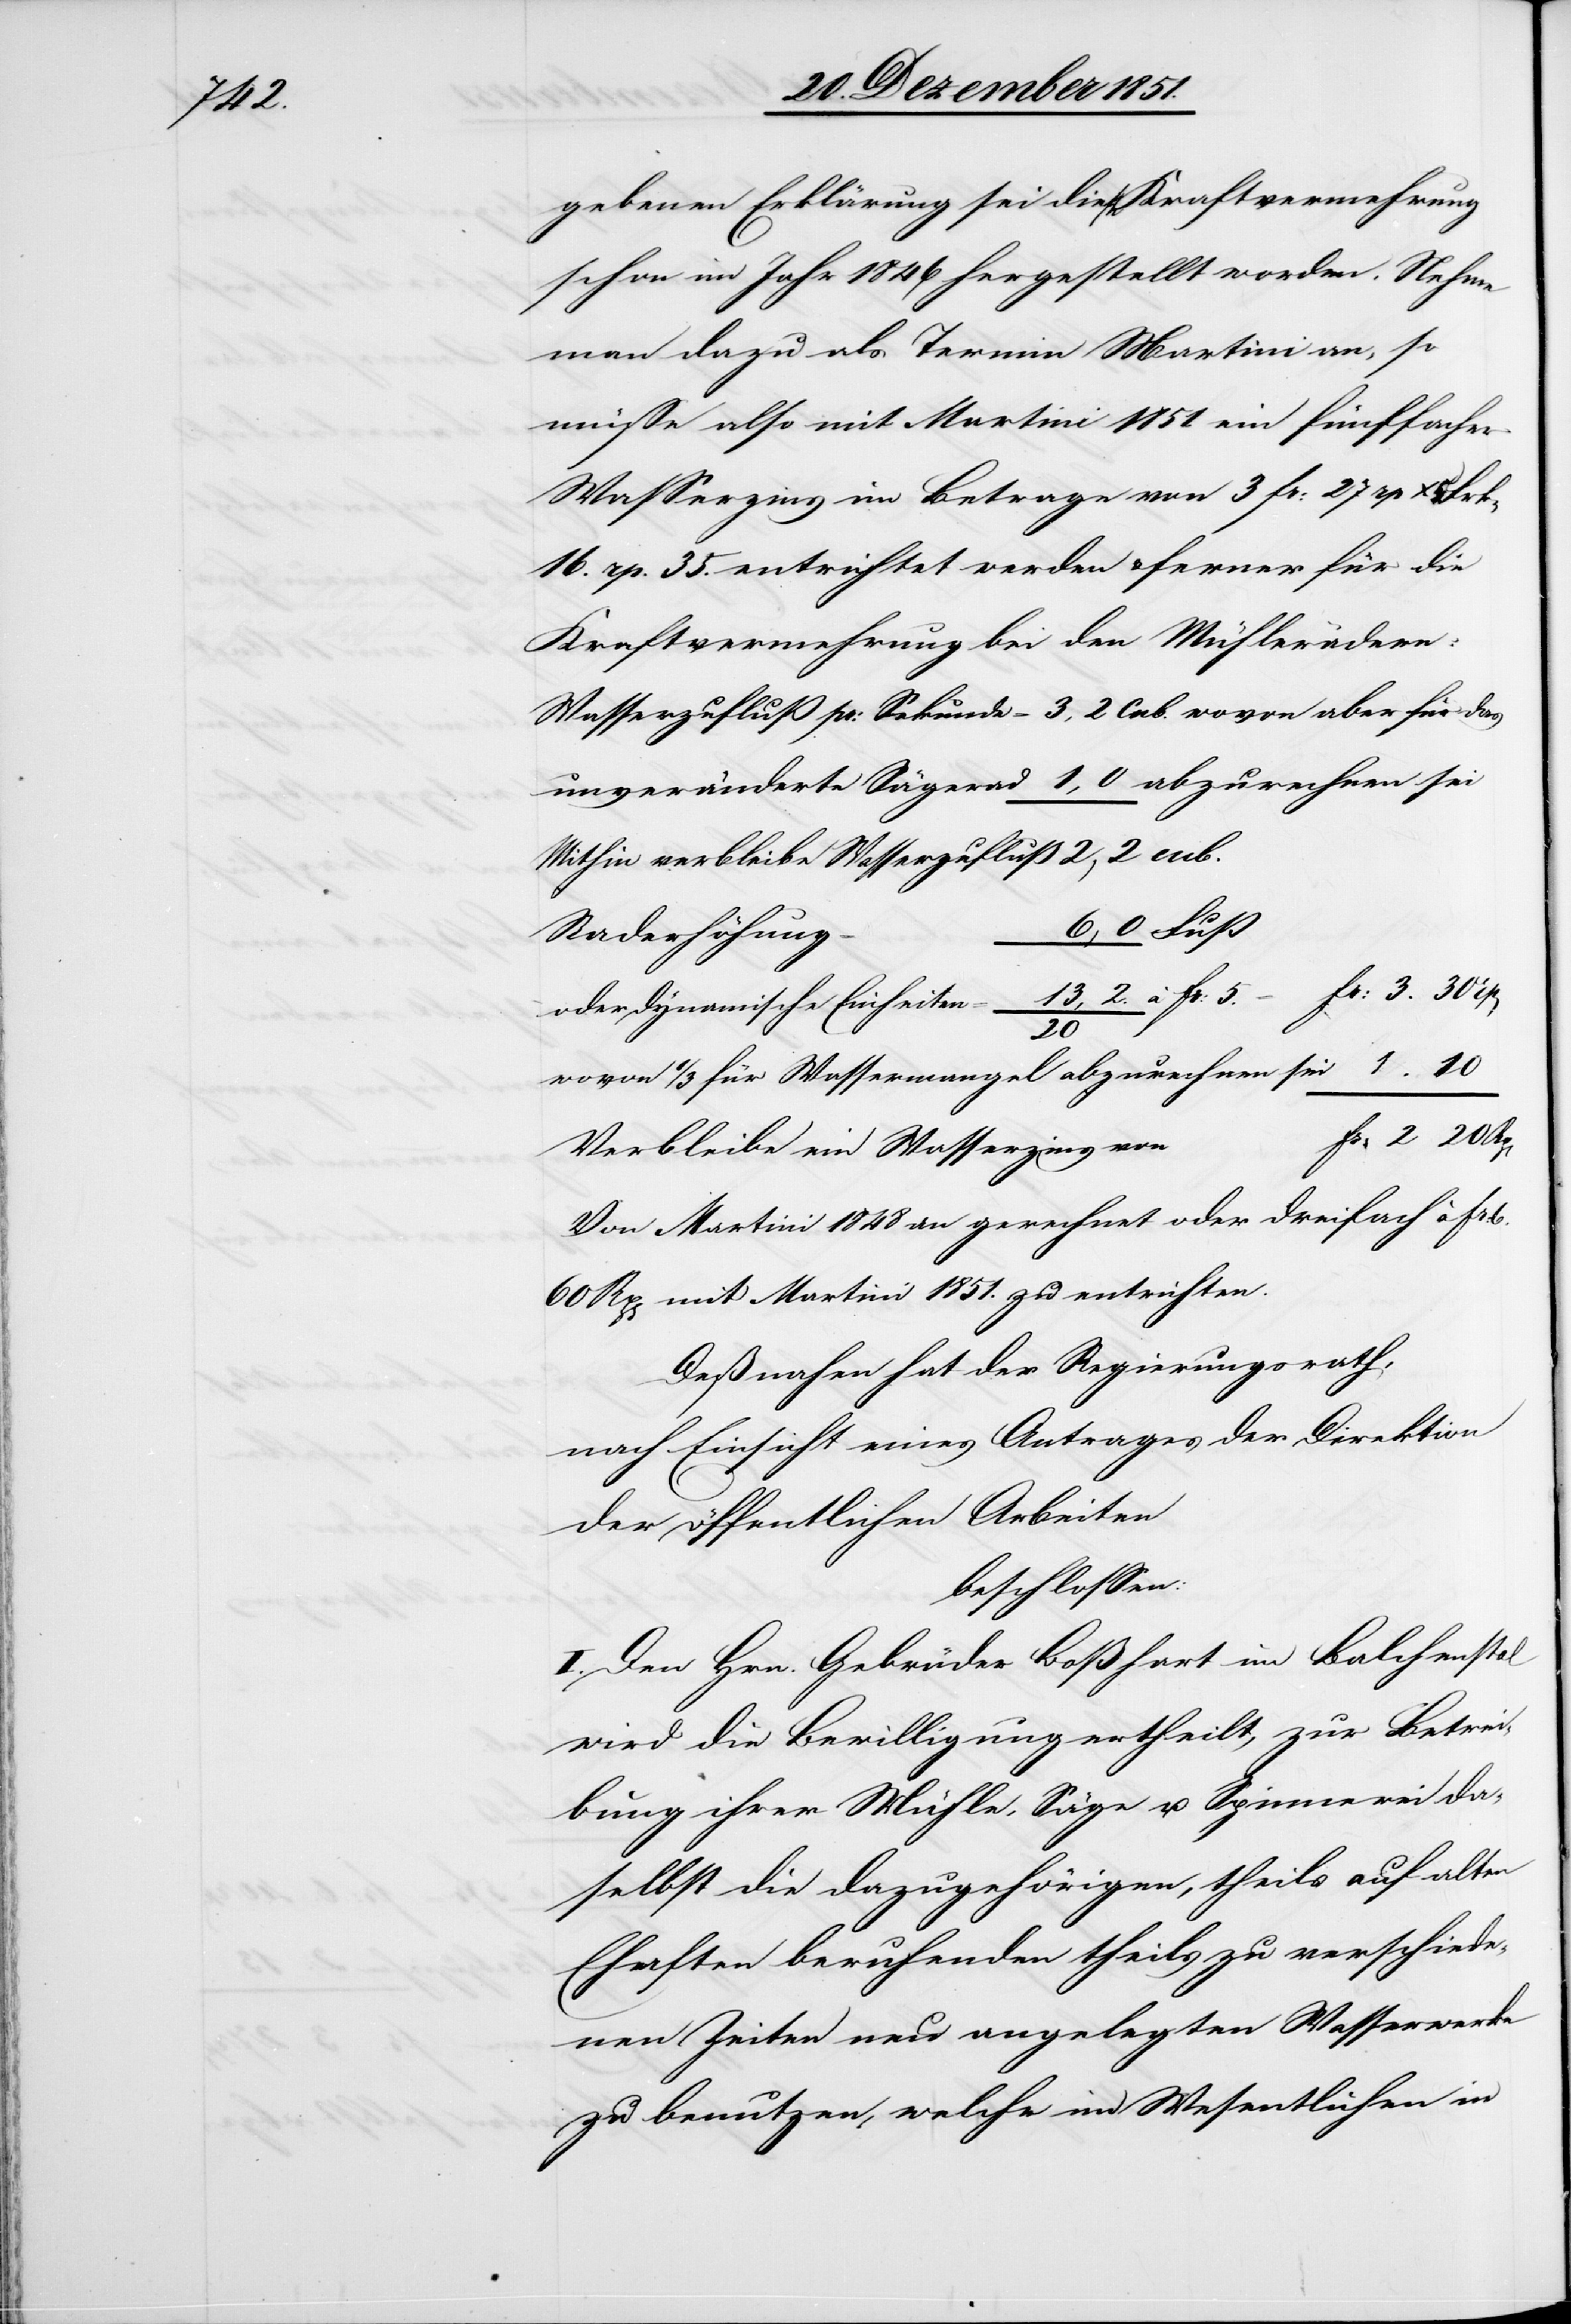
10

gebenen Erklärung sei diese Kraftvermehrung
schon im Jahr 1846 hergestellt worden. Nehme
man dazu als Termin Martini an, so
müsse also mit Martini 1851. ein fünffacher
Wasserzins im Betrage von 3 Fr: 27 rp x
16. rp. 35. entrichtet werden & ferner für die
Kraftvermehrung bei den Mühlerädern:
Mithin verbleibe Wasserzufluß
6,0 Fuß
Raderhöhung
20
wovon 1/3 für Wassermangel abzurechnen sei
Fr: 2 20
Verbleibe ein Wasserzins von
Von Martini 1848 an gerechnet oder dreifach à Fr:
60 Rp[en] mit Martini 1851. zu entrichten.
Deßnahen hat der Regierungsrath,
nach Einsicht eines Antrages der Direktion
der öffentlichen Arbeiten
beschlossen:
I. Den Hrn. Gebrüder Boßhart im Balchenstal
wird die Bewilligung ertheilt, zur Betrei¬
bung ihrer Mühle, Säge u. Spinnerei da¬
selbst die dazugehörigen, theils auf alten
Ehaften beruhenden theils zu verschiede¬
nen Zeiten neu angelegten Wasserwerke
zu benutzen, welche im Wesentlichen in